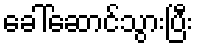
ခေါ်ဆောင်သွားပြီး